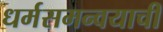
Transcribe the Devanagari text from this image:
धर्मसमन्वयाची